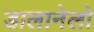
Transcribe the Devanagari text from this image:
डालानेलो